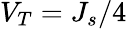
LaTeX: V_{T}=J_{s}/4